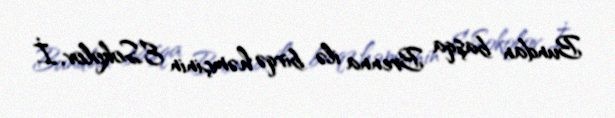
Bundan başqa Brenna ilə birqə həmçinin E.Sokolov, İ.